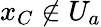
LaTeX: x_{C}\notin U_{a}